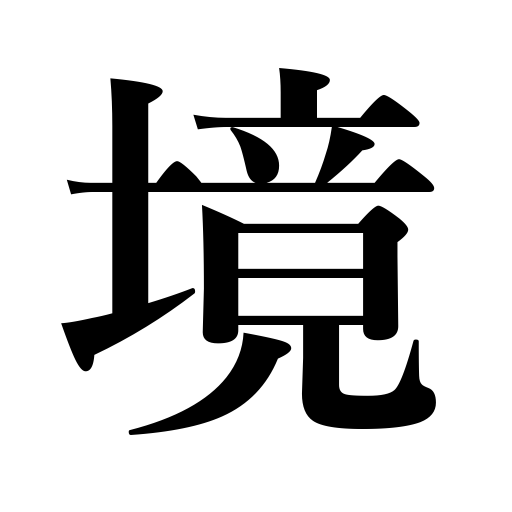
Meanings: border,stage,place,condition,frontier,boundary,region